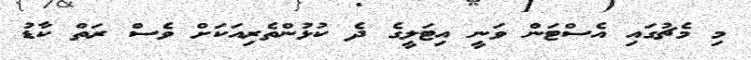
މި މެޗުގައި އެސްޓަން ވަނީ އިޓަލީގެ ދެ ކުޅުންތެރިއަކަށް ވެސް ރަތް ކާޑު